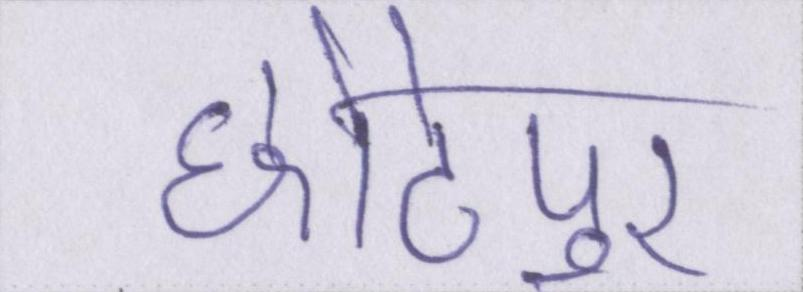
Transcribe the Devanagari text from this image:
छोटेपुर